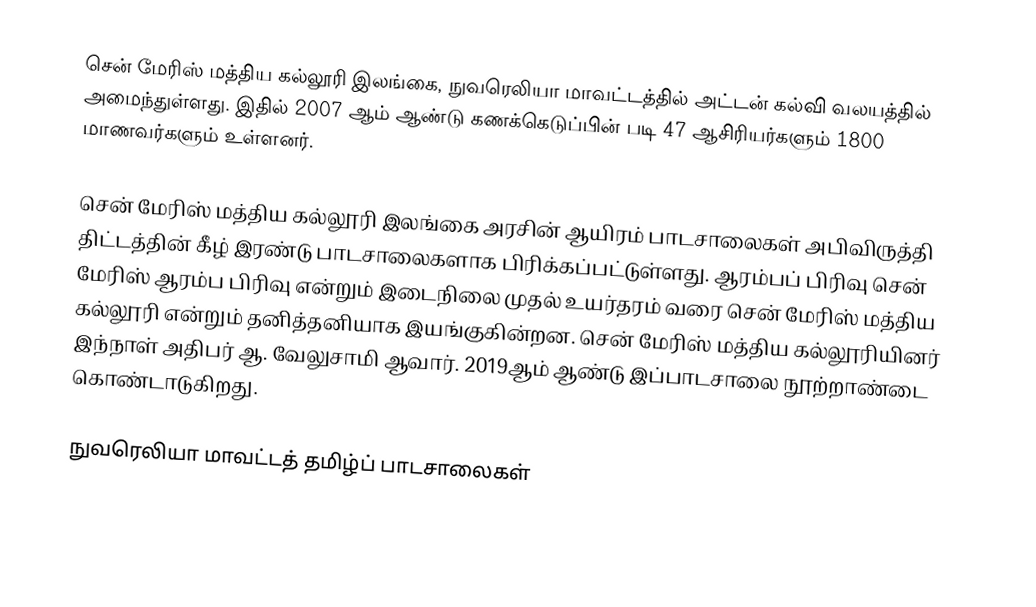
சென் மேரிஸ் மத்திய கல்லூரி இலங்கை, நுவரெலியா மாவட்டத்தில் அட்டன் கல்வி வலயத்தில் அமைந்துள்ளது. இதில் 2007 ஆம் ஆண்டு கணக்கெடுப்பின் படி 47 ஆசிரியர்களும் 1800 மாணவர்களும் உள்ளனர்.

சென் மேரிஸ் மத்திய கல்லூரி இலங்கை அரசின் ஆயிரம் பாடசாலைகள் அபிவிருத்தி திட்டத்தின் கீழ் இரண்டு பாடசாலைகளாக பிரிக்கப்பட்டுள்ளது. ஆரம்பப் பிரிவு சென் மேரிஸ் ஆரம்ப பிரிவு என்றும் இடைநிலை முதல் உயர்தரம் வரை சென் மேரிஸ் மத்திய கல்லூரி என்றும் தனித்தனியாக இயங்குகின்றன. சென் மேரிஸ் மத்திய கல்லூரியினர் இந்நாள் அதிபர் ஆ. வேலுசாமி ஆவார். 2019ஆம் ஆண்டு இப்பாடசாலை நூற்றாண்டை கொண்டாடுகிறது.

நுவரெலியா மாவட்டத் தமிழ்ப் பாடசாலைகள்